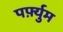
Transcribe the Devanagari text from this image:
पर्फ़्युम